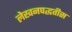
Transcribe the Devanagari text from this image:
लेखनपद्धतीस